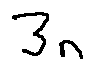
3 n